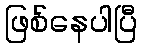
ဖြစ်နေပါပြီ